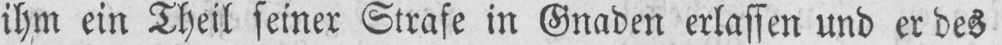
ihm ein Theil seiner Strafe in Gnaden erlassen und er des